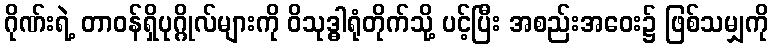
ဂိုဏ်းရဲ့ တာဝန်ရှိပုဂ္ဂိုလ်များကို ဝိသုဒ္ဓါရုံတိုက်သို့ ပင့်ပြီး အစည်းအဝေး၌ ဖြစ်သမျှကို